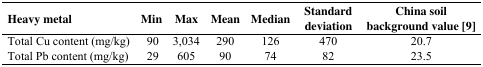
<table><thead><tr><td><b>Heavy metal</b></td><td><b>Min</b></td><td><b>Max</b></td><td><b>Mean</b></td><td><b>Median</b></td><td><b>Standard deviation</b></td><td><b>China soil background value [9]</b></td></tr></thead><tbody><tr><td>Total Cu content (mg/kg)</td><td>90</td><td>3,034</td><td>290</td><td>126</td><td>470</td><td>20.7</td></tr><tr><td>Total Pb content (mg/kg)</td><td>29</td><td>605</td><td>90</td><td>74</td><td>82</td><td>23.5</td></tr></tbody></table>